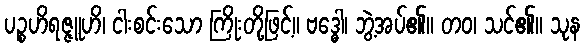
ပဉ္စဟိရဇ္ဇူဟိ၊ ငါးစင်းသော ကြိုးတို့ဖြင့်။ ဗဒ္ဓေါ၊ ဘွဲ့အပ်၏။ တဝ၊ သင်၏။ သုန